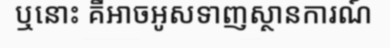
ឬនោះ គឺអាចអូសទាញស្ថានការណ៍